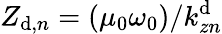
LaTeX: Z_{\mathrm{d},{n}}=(\mu_{0}\omega_{0})/k_{zn}^{\mathrm{d}}